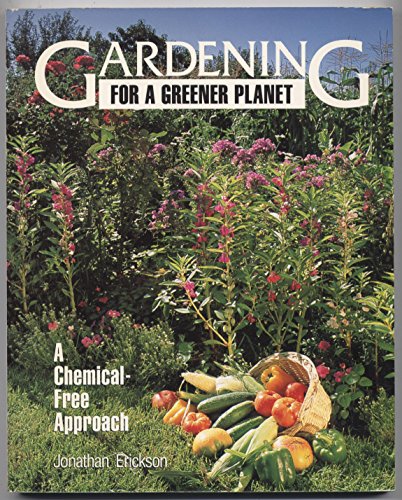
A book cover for Gardening for a Greener Planet: A Chemical-Free Approach; Jonathan S. Erickson; Crafts, Hobbies & Home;